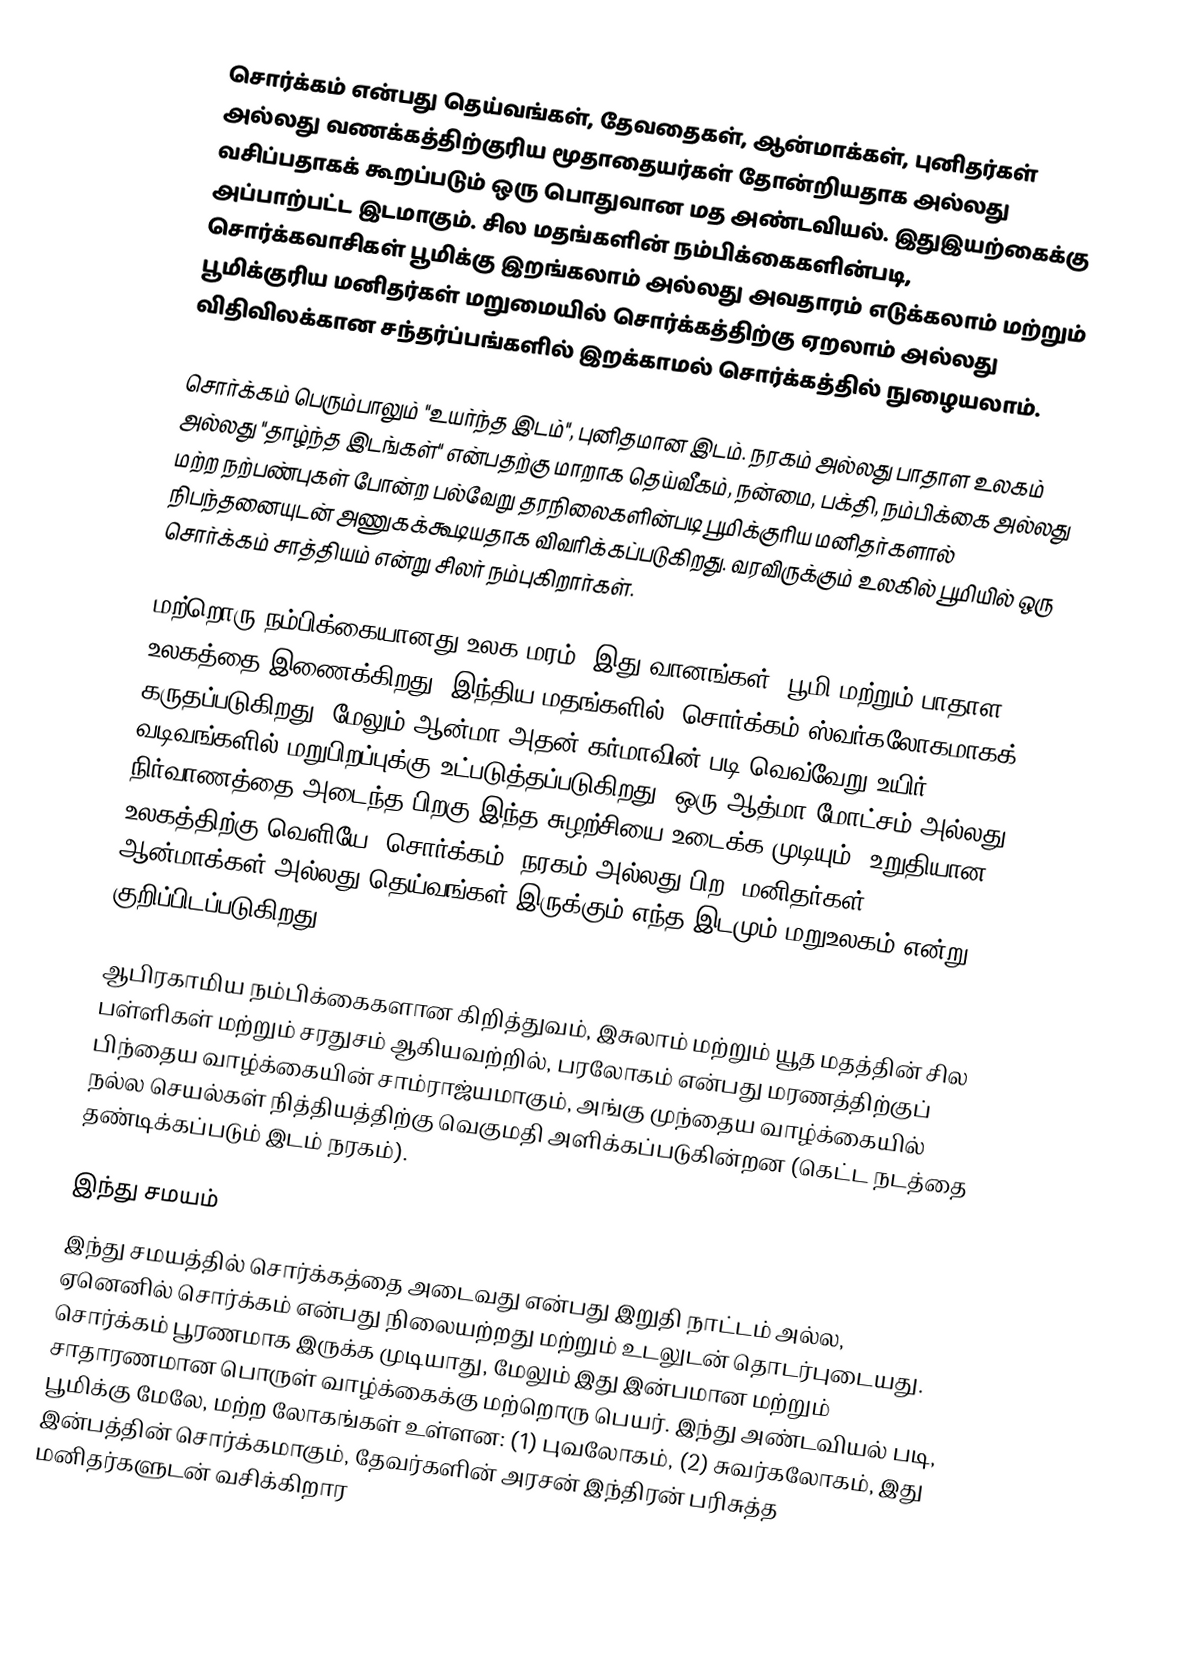
சொர்க்கம் என்பது  தெய்வங்கள், தேவதைகள், ஆன்மாக்கள், புனிதர்கள் அல்லது வணக்கத்திற்குரிய மூதாதையர்கள் தோன்றியதாக அல்லது வசிப்பதாகக் கூறப்படும் ஒரு பொதுவான மத அண்டவியல். இதுஇயற்கைக்கு அப்பாற்பட்ட இடமாகும். சில மதங்களின் நம்பிக்கைகளின்படி, சொர்க்கவாசிகள் பூமிக்கு இறங்கலாம் அல்லது அவதாரம் எடுக்கலாம் மற்றும் பூமிக்குரிய மனிதர்கள் மறுமையில் சொர்க்கத்திற்கு ஏறலாம் அல்லது விதிவிலக்கான சந்தர்ப்பங்களில் இறக்காமல் சொர்க்கத்தில் நுழையலாம்.

சொர்க்கம் பெரும்பாலும் "உயர்ந்த இடம்", புனிதமான இடம். நரகம் அல்லது பாதாள உலகம் அல்லது "தாழ்ந்த இடங்கள்" என்பதற்கு மாறாக தெய்வீகம், நன்மை, பக்தி, நம்பிக்கை அல்லது மற்ற நற்பண்புகள் போன்ற பல்வேறு தரநிலைகளின்படி பூமிக்குரிய மனிதர்களால் நிபந்தனையுடன் அணுகக்கூடியதாக விவரிக்கப்படுகிறது. வரவிருக்கும் உலகில் பூமியில் ஒரு சொர்க்கம் சாத்தியம் என்று சிலர் நம்புகிறார்கள்.

மற்றொரு நம்பிக்கையானது உலக மரம், இது வானங்கள், பூமி மற்றும் பாதாள உலகத்தை இணைக்கிறது. இந்திய மதங்களில், சொர்க்கம் ஸ்வர்கலோகமாகக் கருதப்படுகிறது, மேலும் ஆன்மா அதன் கர்மாவின் படி வெவ்வேறு உயிர் வடிவங்களில் மறுபிறப்புக்கு உட்படுத்தப்படுகிறது. ஒரு ஆத்மா மோட்சம் அல்லது நிர்வாணத்தை அடைந்த பிறகு இந்த சுழற்சியை உடைக்க முடியும். உறுதியான உலகத்திற்கு வெளியே (சொர்க்கம், நரகம் அல்லது பிற) மனிதர்கள், ஆன்மாக்கள் அல்லது தெய்வங்கள் இருக்கும் எந்த இடமும் மறுஉலகம் என்று குறிப்பிடப்படுகிறது.

ஆபிரகாமிய நம்பிக்கைகளான கிறித்துவம், இசுலாம் மற்றும் யூத மதத்தின் சில பள்ளிகள் மற்றும் சரதுசம் ஆகியவற்றில், பரலோகம் என்பது மரணத்திற்குப் பிந்தைய வாழ்க்கையின் சாம்ராஜ்யமாகும், அங்கு முந்தைய வாழ்க்கையில் நல்ல செயல்கள் நித்தியத்திற்கு வெகுமதி அளிக்கப்படுகின்றன (கெட்ட நடத்தை தண்டிக்கப்படும் இடம் நரகம்).

இந்து சமயம்
இந்து சமயத்தில் சொர்க்கத்தை அடைவது என்பது இறுதி நாட்டம் அல்ல, ஏனெனில் சொர்க்கம் என்பது நிலையற்றது மற்றும் உடலுடன் தொடர்புடையது. சொர்க்கம் பூரணமாக இருக்க முடியாது, மேலும் இது இன்பமான மற்றும் சாதாரணமான பொருள் வாழ்க்கைக்கு மற்றொரு பெயர். இந்து அண்டவியல் படி, பூமிக்கு மேலே, மற்ற லோகங்கள் உள்ளன: (1) புவலோகம், (2) சுவர்கலோகம், இது இன்பத்தின் சொர்க்கமாகும், தேவர்களின் அரசன் இந்திரன் பரிசுத்த மனிதர்களுடன் வசிக்கிறார